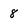
Character: 8